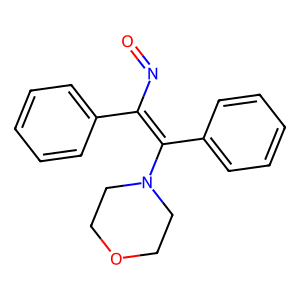
SMILES: O=NC(=C(c1ccccc1)N1CCOCC1)c1ccccc1
Inhibits HIV replication: No